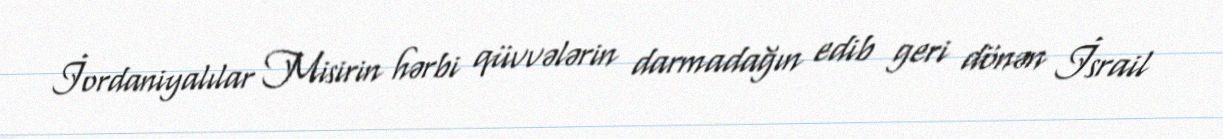
İordaniyalılar Misirin hərbi qüvvələrin darmadağın edib geri dönən İsrail